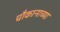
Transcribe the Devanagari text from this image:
चौकानाच्या